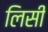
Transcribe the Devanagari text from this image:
लिसी